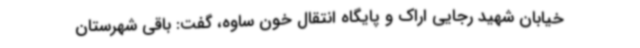
خیابان شهید رجایی اراک و پایگاه انتقال خون ساوه، گفت: باقی شهرستان